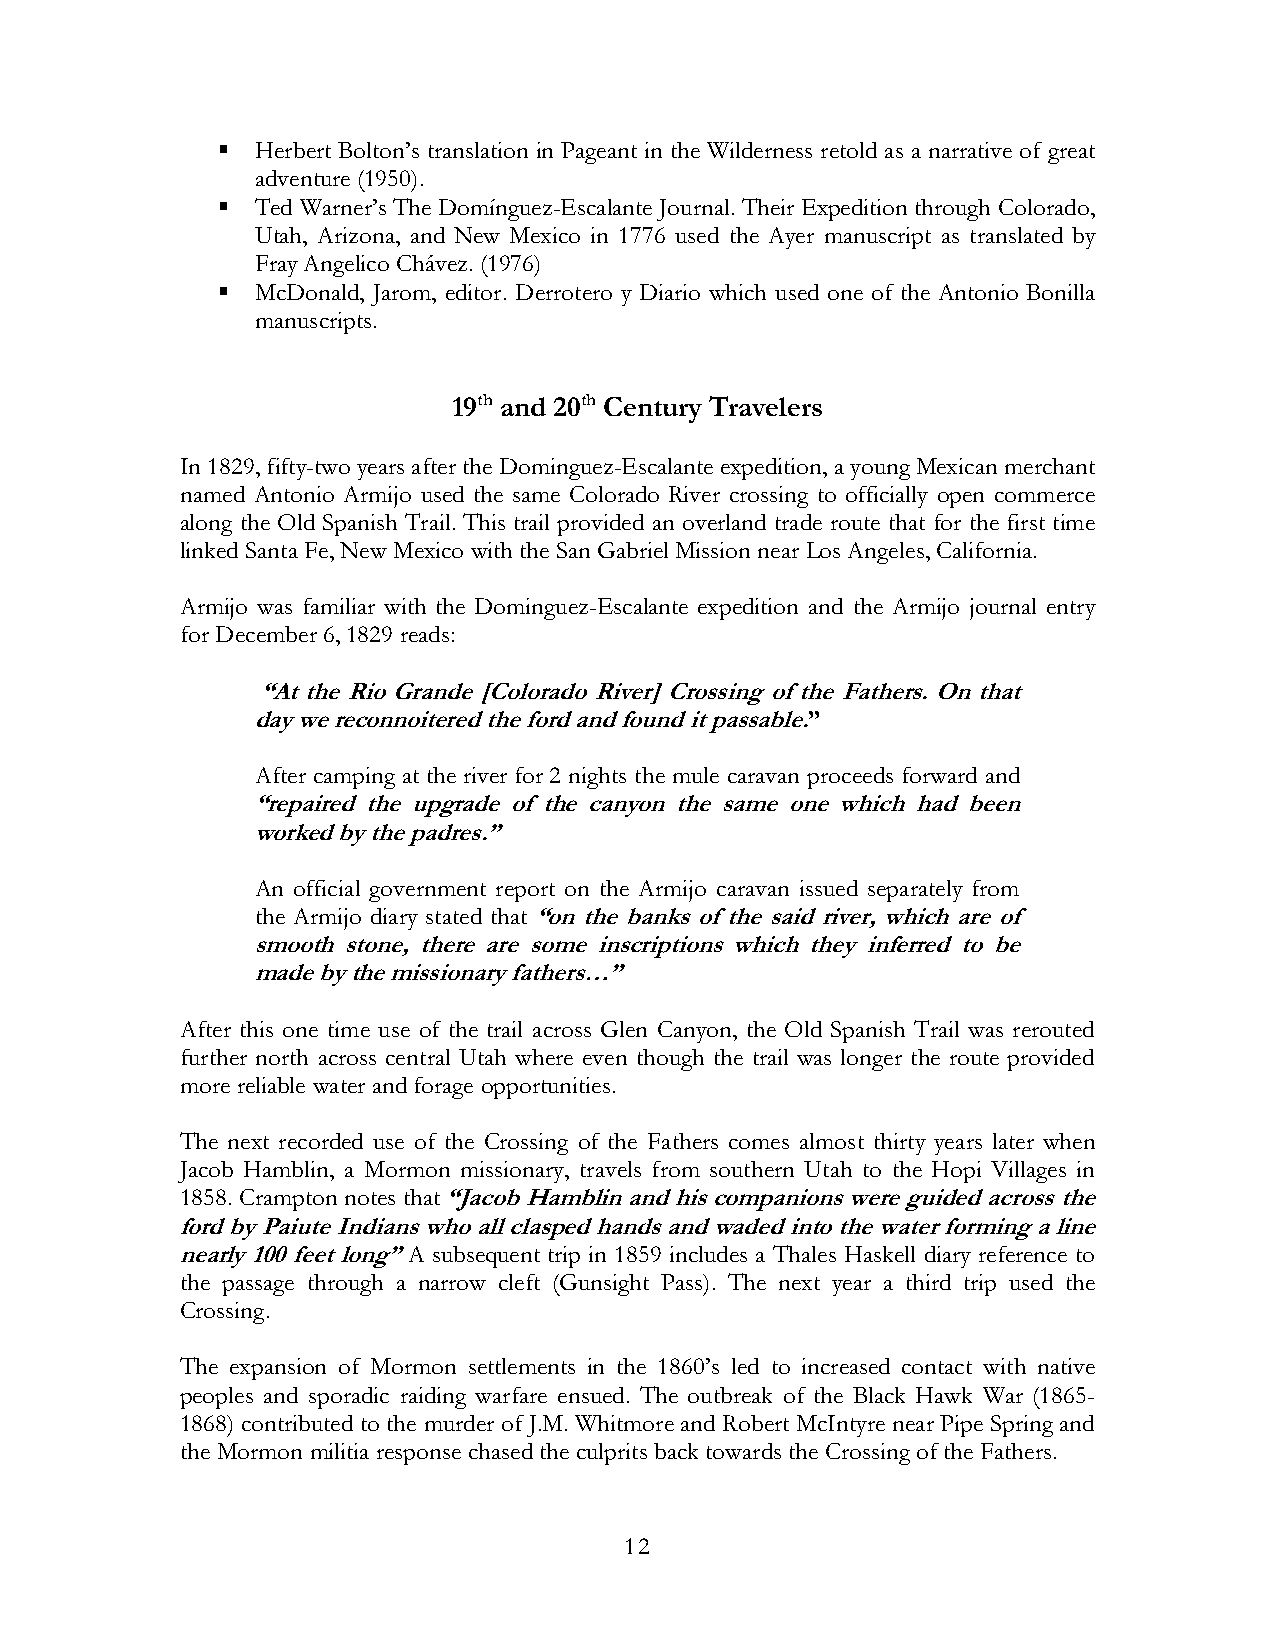
  Herbert Bolton’s translation in Pageant in the Wilderness retold as a narrative of great
 adventure (1950).
   Ted Warner’s The Domínguez-Escalante Journal. Their Expedition through Colorado,
 Utah, Arizona, and New Mexico in 1776 used the Ayer manuscript as translated by
 Fray Angelico Chávez. (1976)
   McDonald, Jarom, editor. Derrotero y Diario which used one of the Antonio Bonilla
 manuscripts.
 19th and 20th Century Travelers
 In 1829, fifty-two years after the Dominguez-Escalante expedition, a young Mexican merchant
 named Antonio Armijo used the same Colorado River crossing to officially open commerce
 along the Old Spanish Trail. This trail provided an overland trade route that for the first time
 linked Santa Fe, New Mexico with the San Gabriel Mission near Los Angeles, California.
 Armijo was familiar with the Dominguez-Escalante expedition and the Armijo journal entry
 for December 6, 1829 reads:
 “At the Rio Grande [Colorado River] Crossing of the Fathers. On that
 day we reconnoitered the ford and found it passable.”
 After camping at the river for 2 nights the mule caravan proceeds forward and
 “repaired the upgrade of the canyon the same one which had been
 worked by the padres.”
 An official government report on the Armijo caravan issued separately from
 the Armijo diary stated that “on the banks of the said river, which are of
 smooth stone, there are some inscriptions which they inferred to be
 made by the missionary fathers…”
 After this one time use of the trail across Glen Canyon, the Old Spanish Trail was rerouted
 further north across central Utah where even though the trail was longer the route provided
 more reliable water and forage opportunities.
 The next recorded use of the Crossing of the Fathers comes almost thirty years later when
 Jacob Hamblin, a Mormon missionary, travels from southern Utah to the Hopi Villages in
 1858. Crampton notes that “Jacob Hamblin and his companions were guided across the
 ford by Paiute Indians who all clasped hands and waded into the water forming a line
 nearly 100 feet long” A subsequent trip in 1859 includes a Thales Haskell diary reference to
 the passage through a narrow cleft (Gunsight Pass). The next year a third trip used the
 Crossing.
 The expansion of Mormon settlements in the 1860’s led to increased contact with native
 peoples and sporadic raiding warfare ensued. The outbreak of the Black Hawk War (1865-
 1868) contributed to the murder of J.M. Whitmore and Robert McIntyre near Pipe Spring and
 the Mormon militia response chased the culprits back towards the Crossing of the Fathers.
 12